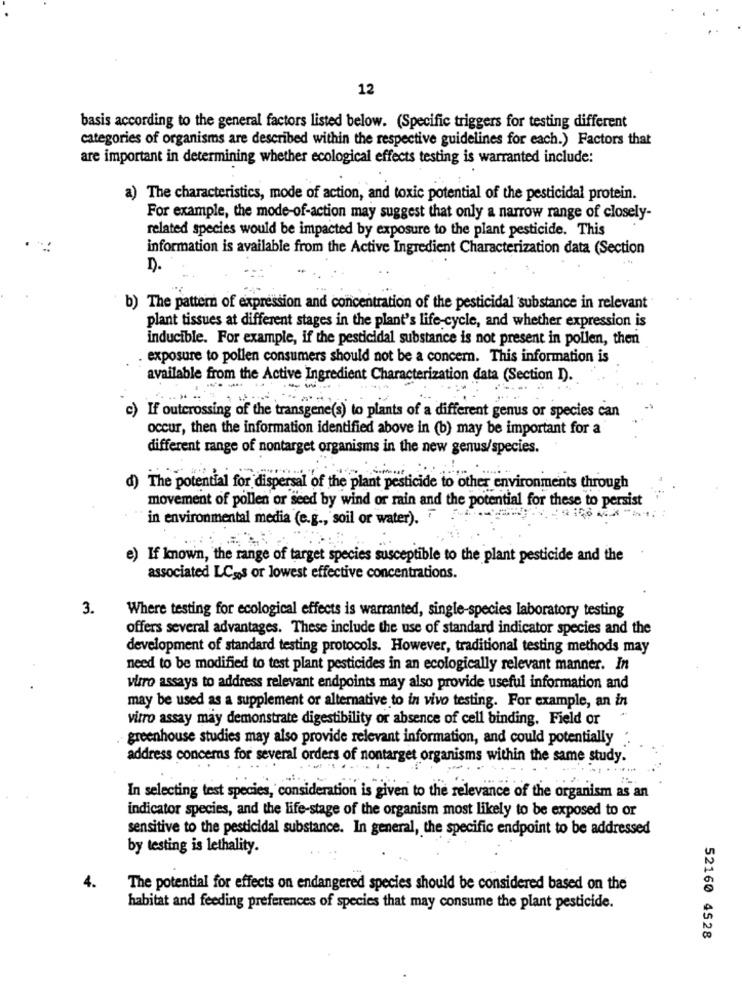
12
basis according to the general factors listed below. (Specific triggers for testing different
categories of organisms are described within the respective guidelines for each.) Factors that
are important in determining whether ecological effects testing is warranted include:
a) The characteristics, mode of action, and toxic potential of the pesticidal protein.
For example, the mode-of-action may suggest that only a narrow range of closely-
related species would be impacted by exposure to the plant pesticide. This
information is available from the Active Ingredient Characterization data (Section
D.
b) The pattern of expression and concentration of the pesticidal substance in relevant
plant tissues at different stages in the plant's life-cycle, and whether expression is
inducible. For example, if the pesticidal substance is not present in pollen, then
exposure to pollen consumers should not be a concern. This information is
available from the Active Ingredient Characterization data (Section D).
c) If outcrossing of the transgene(s) to plants of a different genus or species can
occur, then the information identified above in (b) may be important for a
different range of nontarget organisms in the new genus/species.
d) The potential for dispersal of the plant pesticide to other environments through
movement of pollen or seed by wind or rain and the potential for these to persist
in environmental media (e.g ., soil or water).
e) If known, the range of target species susceptible to the plant pesticide and the
associated LCms or lowest effective concentrations.
3.
Where testing for ecological effects is warranted, single-species laboratory testing
offers several advantages. These include the use of standard indicator species and the
development of standard testing protocols. However, traditional testing methods may
need to be modified to test plant pesticides in an ecologically relevant manner. In
vitro assays to address relevant endpoints may also provide useful information and
may be used as a supplement or alternative to in vivo testing. For example, an in
vitro assay may demonstrate digestibility or absence of cell binding. Field or
greenhouse studies may also provide relevant information, and could potentially
address concerns for several orders of nontarget organisms within the same study.
In selecting test species, consideration is given to the relevance of the organism as an
indicator species, and the life-stage of the organism most likely to be exposed to or
sensitive to the pesticidal substance. In general, the specific endpoint to be addressed
by testing is lethality.
4.
The potential for effects on endangered species should be considered based on the
habitat and feeding preferences of species that may consume the plant pesticide.
52160 4528